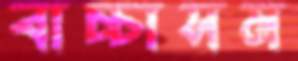
বাচ্চাসম